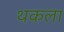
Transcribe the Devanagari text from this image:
थकला